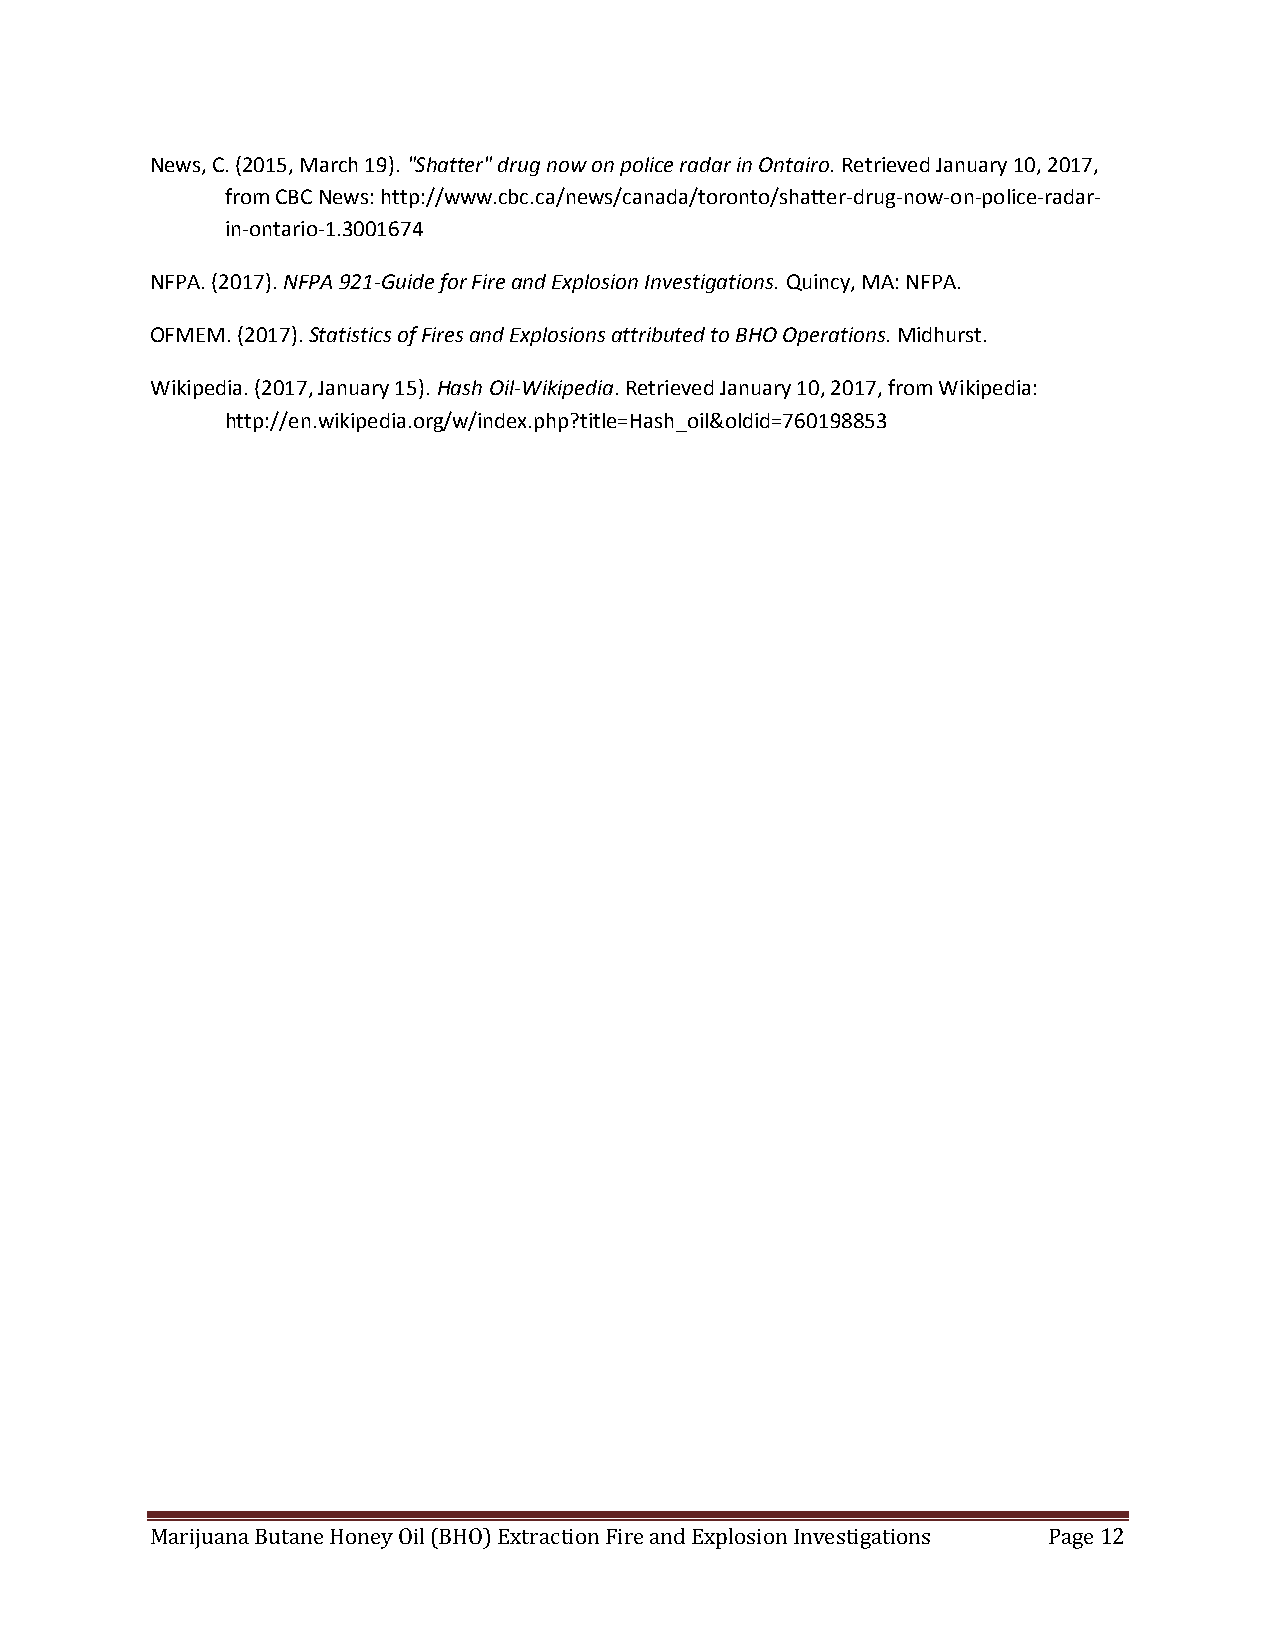
News, C. (2015, March 19). "Shatter" drug now on police radar in Ontairo. Retrieved January 10, 2017,
 from CBC News: http://www.cbc.ca/news/canada/toronto/shatter-drug-now-on-police-radar-
 in-ontario-1.3001674
 NFPA. (2017). NFPA 921-Guide for Fire and Explosion Investigations. Quincy, MA: NFPA.
 OFMEM. (2017). Statistics of Fires and Explosions attributed to BHO Operations. Midhurst.
 Wikipedia. (2017, January 15). Hash Oil-Wikipedia. Retrieved January 10, 2017, from Wikipedia:
 http://en.wikipedia.org/w/index.php?title=Hash_oil&oldid=760198853
 Marijuana Butane Honey Oil (BHO) Extraction Fire and Explosion Investigations Page 12